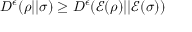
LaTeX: D ^ { \epsilon } ( \rho | | \sigma ) \geq D ^ { \epsilon } ( { \mathcal { E } } ( \rho ) | | { \mathcal { E } } ( \sigma ) )